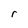
Character: r